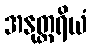
အနုတ္တရိယံ